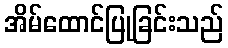
အိမ်ထောင်ပြုခြင်းသည်